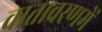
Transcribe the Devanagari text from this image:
वातावरणमें